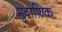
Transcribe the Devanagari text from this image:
मुवाफ़िक